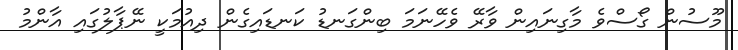
މޫސުން ގޯސްވެ މާގިނައިން ވާރޭ ވެހޭނަމަ ބިންގަނޑު ކަނޑައިގެން ދިއުމަކީ ނޭޕާލުގައި އާންމު